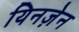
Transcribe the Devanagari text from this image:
यिनज़ेन